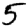
Digit: 5